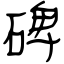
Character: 碑